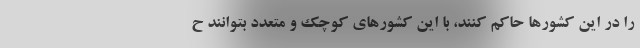
را در این کشورها حاکم کنند، با این کشورهای کوچک و متعدد بتوانند ح